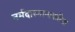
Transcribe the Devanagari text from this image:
नर्मदास्नानाकरिता